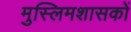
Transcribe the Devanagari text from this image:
मुस्लिमशासकों